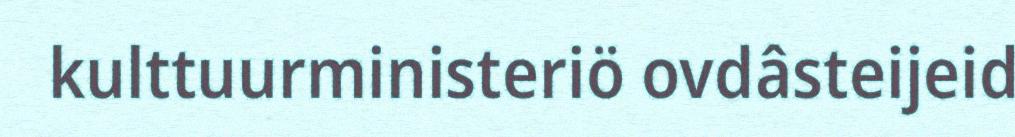
kulttuurministeriö ovdâsteijeid